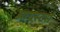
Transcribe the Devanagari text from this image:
आयस्टर्स